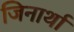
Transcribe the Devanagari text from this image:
जिनार्था